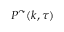
P ^ { \curvearrowright } ( k , \tau )